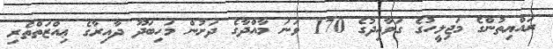
ރައްޔިތުންގެ މަޖިލީހުގެ ގަވާއިދުގެ 170 ވަނަ މާއްދާގެ ދަށުން މަހިބަދޫ ދާއިރާގެ ޢިއްޒަތްތެރި